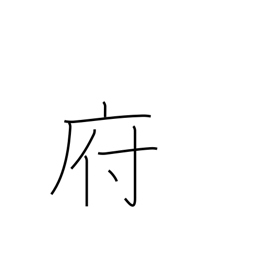
Meaning: borough